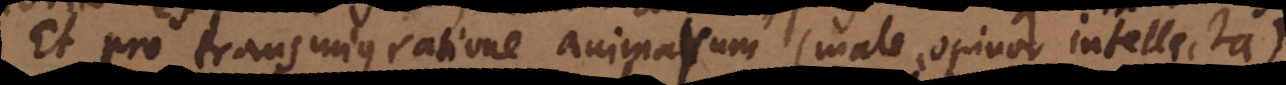
Et pro transmigratione animarum (male opinor intellecta)